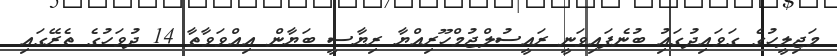
މަޖިލީހުގެ ގަވައިދުގައިު ބުނެފައިވަނީ ރައީސުލްޖުމްހޫރިއްޔާ ރިޔާސީ ބަޔާން އިއްވަވާތާ 14 ދުވަހުގެ ތެރޭގައި